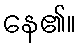
နေ၏။